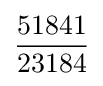
{\frac {51841}{23184}}